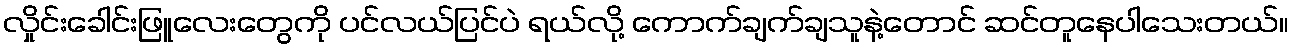
လှိုင်းခေါင်းဖြူလေးတွေကို ပင်လယ်ပြင်ပဲ ရယ်လို့ ကောက်ချက်ချသူနဲ့တောင် ဆင်တူနေပါသေးတယ်။